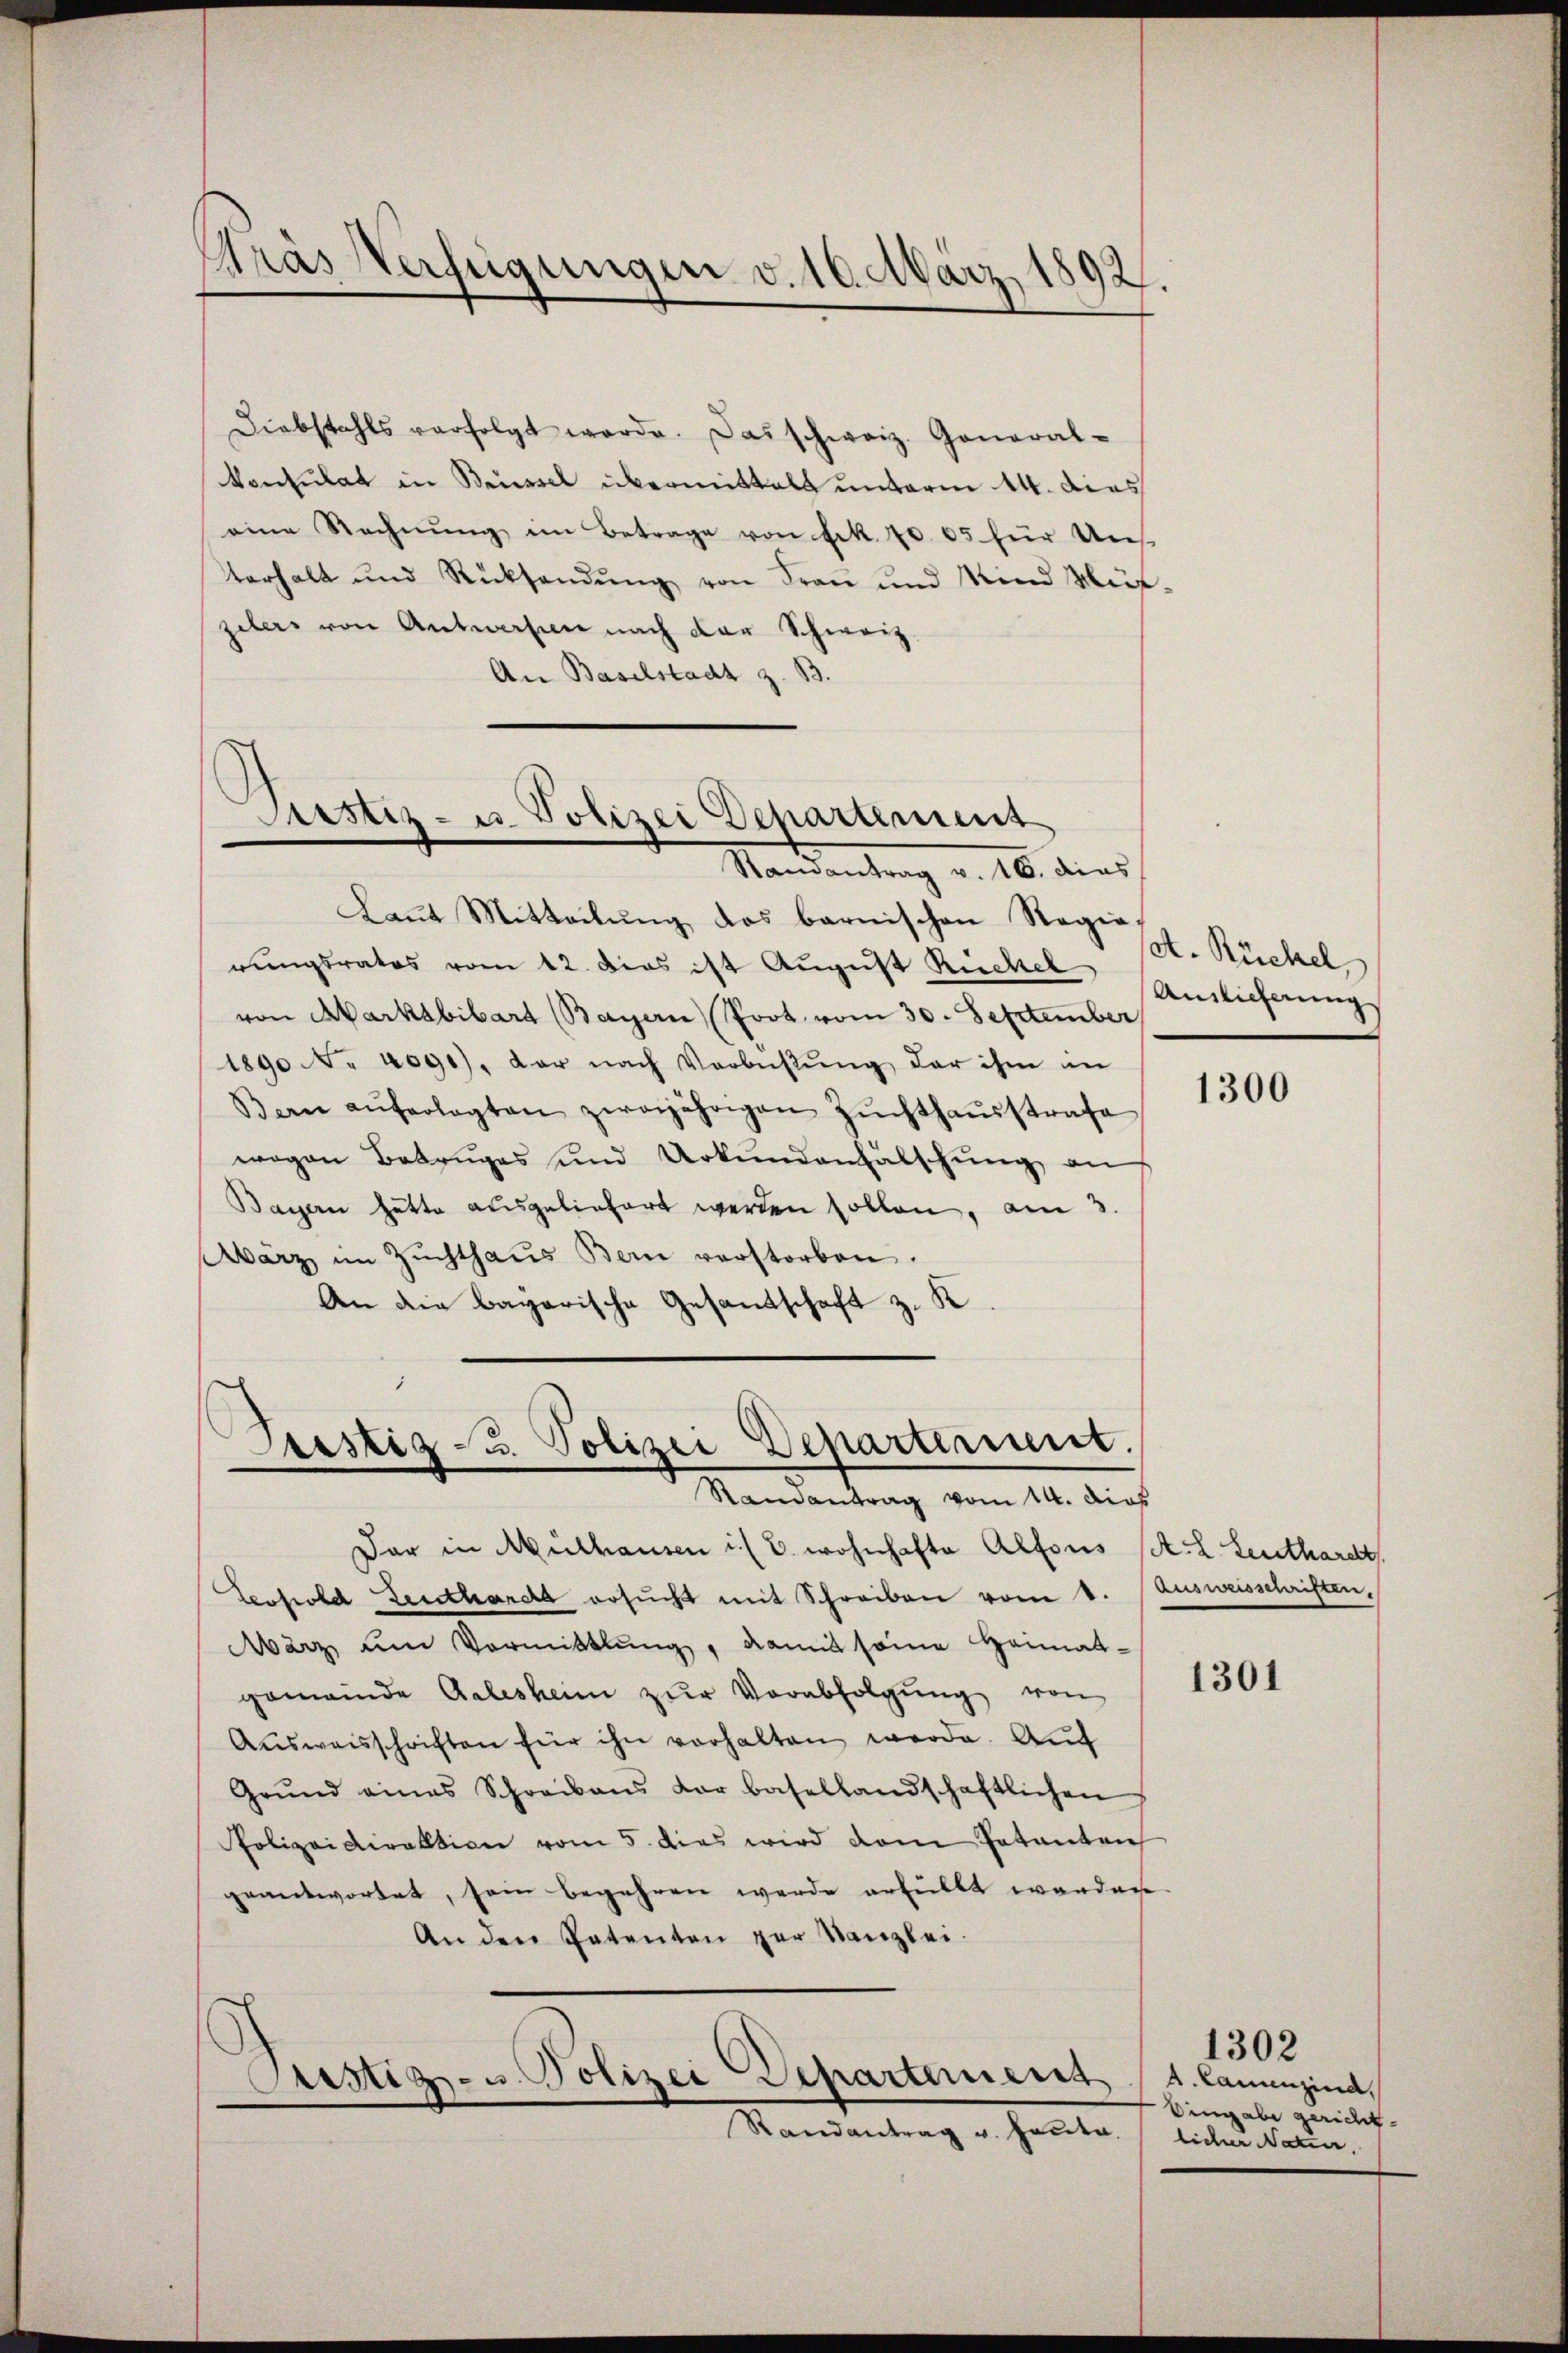
¬
dras Verfügungen v. 10. März 1892.

Diebstahls verfolgt werde. Das schweiz. General-
konsulat in Brüssel übermittals unterm 14. dies
eine Rechnŭng im Betrage von Frk. 1005 für Uns
terhalt und Rücksendŭng von Frau und Mind Müt-
zelers von Antworten nach der Schweiz.
An Baselstadt z. B.

Justiz- u. Polizei Departement
Randantrag v. 16. dies

Trestig u. Polizei Departement.
Randantrag vom 14. dies

Laut Mitteilung das barnischen Regierungsrates vom 12. Dies ist August Rückel
von Aarkabibart (Bayern Prot. vom 30. September
1890 No 4091), der nach Verbisŭng der ihm in
Bern aŭferlegten zweijährigen Zŭchthaŭsstrafe
wogen Betruges und Urkundenfälschung an
Bayern hätte ausgeliefert werden sollen, am 3.
Wärz im Zŭchthaŭs Bern verstorben.
An die bagarische Gesandschaft z. K.

Justiz- u. Polizei Departement

Randantrag u. heute.

et. Rückel
Auslieferung

Dar in Mülhausen i. B. wohnhafte Alfons St. L. Leuthardt.
Lerfrohe Leuthardt ersŭcht mit Schreiben vom 1. Ausweisschriften.
März um Vormittlung, damit seine Heimat-
gemeinde Galesheim zŭr Verabfolgŭng von
Aŭsweisschriften für ihn vorhalten werde. Auf
Grŭnd eines Schreibens der basellandschaftlichen
Polizeidirektion vom 5. dies wird dem Patenten
geantwortet, sein begehren werde erfüllt worden
An den Patenten zur Kanzlei.

1300

1301

A. Lanunzind,
Eingabe gericht.
licher Natur,

1302